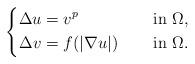
LaTeX: \begin{align*}\left\{\begin{aligned}\Delta u&=v^{p} &&\quad\mbox{ in } \Omega, \\\Delta v&=f(|\nabla u|) &&\quad\mbox{ in } \Omega.\end{aligned}\right.\end{align*}